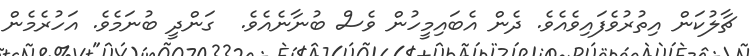
ޗާލުކަން އިތުރުވެފައިވެއެވެ. ދެން އެބައިމީހުން ވެސް ބުނާނެއެވެ.  ގަންދީ ބުނަމެވެ. އަހުރެމެން